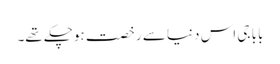
بابا جی اس دنیا سے رخصت ہوچکے تھے۔